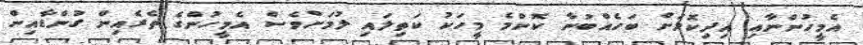
އެމީހުންނާއި އިދިކޮޅަށް ބަހެއްބުނާ ކޮންމެ މީހަކު ކަތިލައި ލުމަށްވެސް އެމީހުންގެ ތެރެއިން ގުންޑާއިން